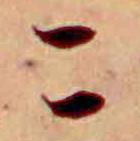
こ